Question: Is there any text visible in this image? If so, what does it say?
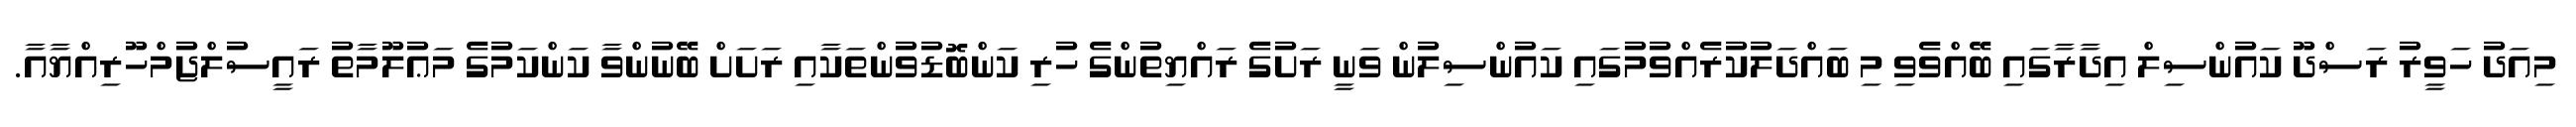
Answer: މިއަދު ހަވީރު ރަސްދޫ ކައުންސިލް އިދާރާގައި ބޭއްވެވި މި ބައްދަލުކުރެއްވުމުގައި ކައުންސިލުން ވަނީ ރަށުގެ ރައްޔިތުންގެ ހުރި ކަންބޮޑުވުންތަކާއި ރަށަށް ބޭނުންވާ ކަންކަމުގެ މަޢުލޫމާތު ރައީސުލްޖުމްހޫރިއްޔާއާ.